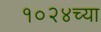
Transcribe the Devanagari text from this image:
१०२४च्या